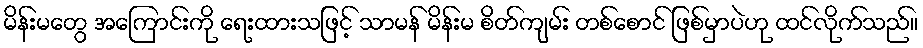
မိန်းမတွေ အကြောင်းကို ရေးထားသဖြင့် သာမန် မိန်းမ စိတ်ကျမ်း တစ်စောင် ဖြစ်မှာပဲဟု ထင်လိုက်သည်။